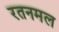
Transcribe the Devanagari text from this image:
रतनमल